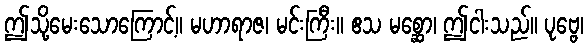
ဤသို့မေးသောကြောင့်။ မဟာရာဇ၊ မင်းကြီး။ ဧသ မစ္ဆော၊ ဤငါးသည်။ ပုဗ္ဗေ၊